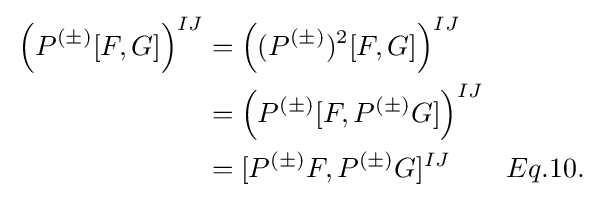
{\begin{aligned}{}\left(P^{(\pm )}[F,G]\right)^{IJ}&=\left((P^{(\pm )})^{2}[F,G]\right)^{IJ}\\&=\left(P^{(\pm )}[F,P^{(\pm )}G]\right)^{IJ}\\{}&=[P^{(\pm )}F,P^{(\pm )}G]^{IJ}\qquad Eq.10.\end{aligned}}